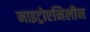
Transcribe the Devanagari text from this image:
नाइट्रोएनिलीन